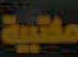
مكتبية